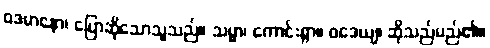
ဝဒမာနော၊ ပြောဆိုသောသူသည်။ သမ္မာ၊ ကောင်းစွာ။ ဝဒေယျ၊ ဆိုသည်မည်၏။